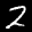
Label: 2